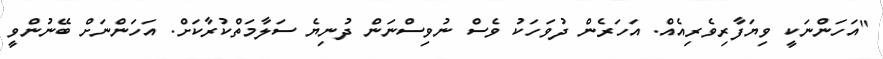
"އަހަންނަކީ ވިޔަފާރިވެރިއެއް. އަހަރެން ދުވަހަކު ވެސް ނުވިސްނަން ދުނިޔެ ސަލާމަތްކުރާކަށް. އަހަންނަށް ބޭނުންވީ